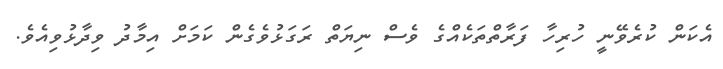
އެކަން ކުރެވޭނީ ހުރިހާ ފަރާތްތަކެއްގެ ވެސް ނިޔަތް ރަގަޅުވެގެން ކަމަށް އިމާދު ވިދާޅުވިއެވެ.